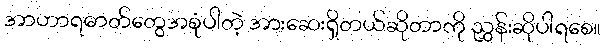
အာဟာရဓာတ်တွေအစုံပါတဲ့ အားဆေးရှိတယ်ဆိုတာကို ညွှန်းဆိုပါရစေ။